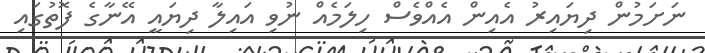
ނަށަމުން ދިޔައިރު އެއިން އެއްވެސް ހިލަމެއް ނުވި އައިލާ ދިޔައީ އޭނާގެ ފޮތުގައި